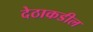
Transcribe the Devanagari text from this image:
देठाकडील